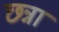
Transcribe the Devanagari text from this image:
छन्ना